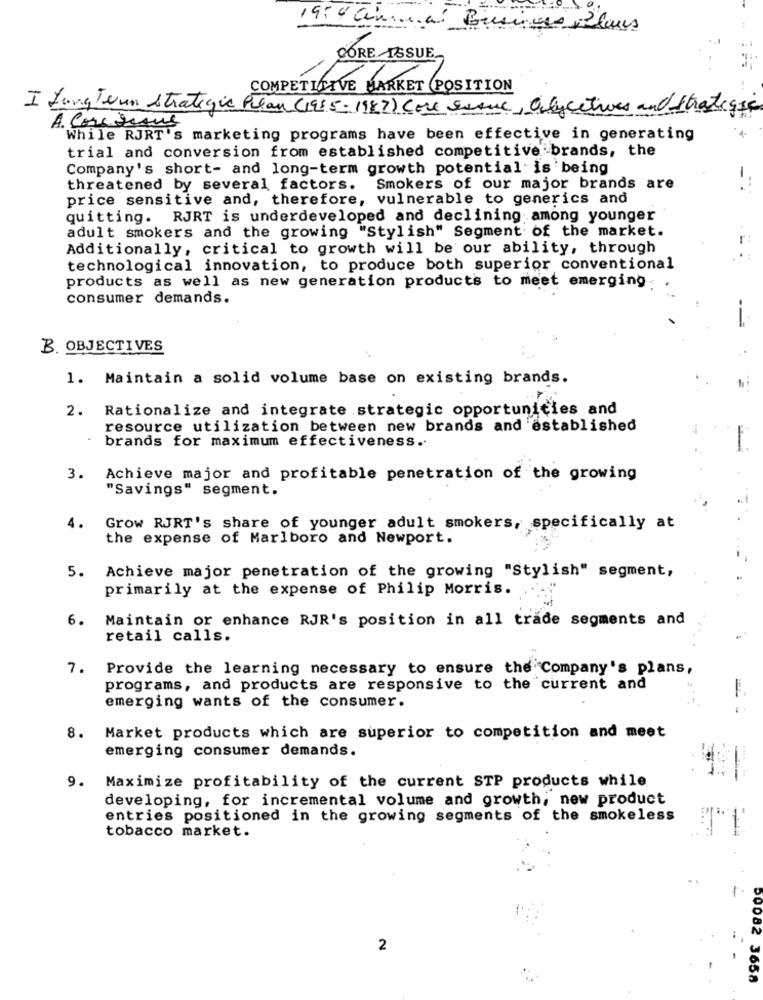
1954 Cin .. al Businnes Plans
CORE ISSUE.
COMPETITIVE MARKET POSITION
I Lang Town strategic Plan (1955- 1987) Core sseul, Onlycities and Strategic
A. Corteque
While RJRT's marketing programs have been effective in generating
trial and conversion from established competitive brands, the
Company's short- and long-term growth potential is being
-
threatened by several factors.
Smokers of our major brands are
price sensitive and, therefore, vulnerable to generics and
quitting. RJRT is underdeveloped and declining among younger
adult smokers and the growing "Stylish" Segment of the market.
Additionally, critical to growth will be our ability, through
technological innovation, to produce both superior conventional
products as well as new generation products to meet emerging.
consumer demands.
--
B. OBJECTIVES
1. Maintain a solid volume base on existing brands.
2. Rationalize and integrate strategic opportunities and
resource utilization between new brands and established
brands for maximum effectiveness.
3.
Achieve major and profitable penetration of the growing
"Savings" segment.
4.
Grow RJRT's share of younger adult smokers, specifically at
the expense of Marlboro and Newport.
Achieve major penetration of the growing "Stylish" segment,
5.
primarily at the expense of Philip Morris.
6.
Maintain or enhance RJR's position in all trade segments and
retail calls.
7.
Provide the learning necessary to ensure the Company's plans,
programs, and products are responsive to the current and
emerging wants of the consumer.
8.
Market products which are superior to competition and meet
emerging consumer demands.
9. Maximize profitability of the current STP products while
developing, for incremental volume and growth, new product
entries positioned in the growing segments of the smokeless
tobacco market.
2
00082 3658